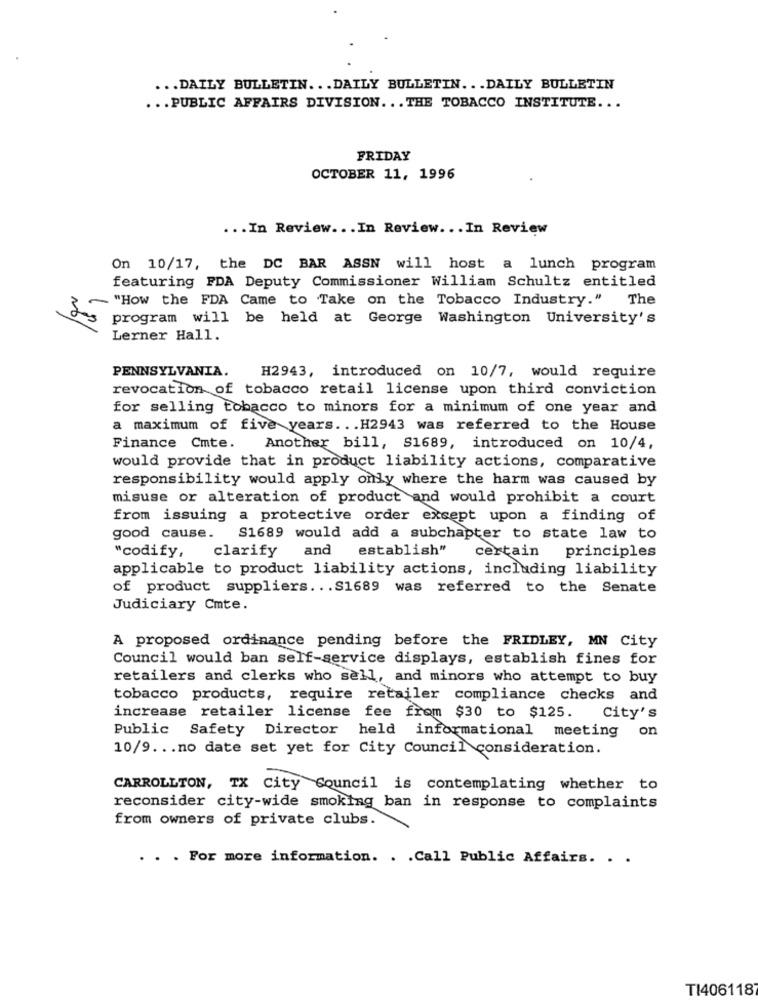
... DAILY BULLETIN. .. DAILY BULLETIN ... DAILY BULLETIN
... PUBLIC AFFAIRS DIVISION ... THE TOBACCO INSTITUTE ...
FRIDAY
OCTOBER 11, 1996
... In Review ... In Review ... In Review
On 10/17, the DC BAR ASSN will host a lunch program
featuring FDA Deputy Commissioner William Schultz entitled
- "How the FDA Came to Take on the Tobacco Industry." The
program will be held at George Washington University's
Lerner Hall.
PENNSYLVANIA.
H2943, introduced on 10/7, would require
revocation of tobacco retail license upon third conviction
for selling tobacco to minors for a minimum of one year and
a maximum of five years ... H2943 was referred to the House
Finance Cmte.
Another bill, S1689, introduced on 10/4,
would provide that in product liability actions, comparative
responsibility would apply only where the harm was caused by
misuse or alteration of product and would prohibit a court
from issuing a protective order except upon a finding of
good cause. S1689 would add a subchapter to state law to
and
establish"
certain
"codify, clarify
principles
applicable to product liability actions, including liability
of product suppliers. .. S1689 was referred to the Senate
Judiciary Cmte.
A proposed ordinance pending before the FRIDLEY, MN City
Council would ban self-service displays, establish fines for
retailers and clerks who sell, and minors who attempt to buy
tobacco products, require retailer compliance checks and
increase retailer license fee from $30 to $125. City's
Public Safety Director
held informational meeting on
10/9 ... no date set yet for City Council consideration.
CARROLLTON, TX City Council is contemplating whether to
reconsider city-wide smoking ban in response to complaints
from owners of private clubs.
. . . For more information. . . Call Public Affairs. . .
TI406118